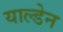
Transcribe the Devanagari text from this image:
याल्डेन